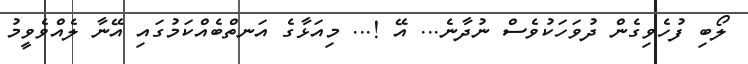
ލޯބި ފުހެވިގެން ދުވަހަކުވެސް ނުދާނެ... އޭ !... މިއަޅާގެ އަނތްބެއްކަމުގައި އޭނާ ލެއްވެވީމު